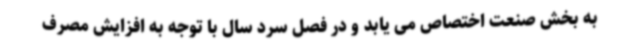
به بخش صنعت اختصاص می یابد و در فصل سرد سال با توجه به افزایش مصرف